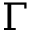
{ \Gamma }